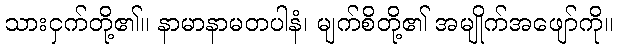
သားငှက်တို့၏။ နာမာနာမတပါနံ၊ မျက်စိတို့၏ အမျိုက်အဖျော်ကို။